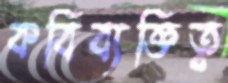
কবিব্যক্তিত্ব